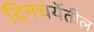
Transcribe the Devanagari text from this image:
दिनचर्येतील